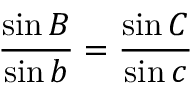
{ \frac { \sin B } { \sin b } } = { \frac { \sin C } { \sin c } }